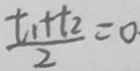
\frac { t _ { 1 } + t _ { 2 } } { 2 } = 0